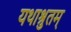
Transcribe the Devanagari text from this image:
यथाश्रुतम्